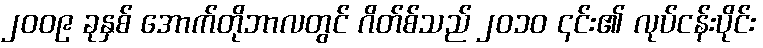
၂၀၀၉ ခုနှစ် အောက်တိုဘာလတွင် ဂိတ်စ်သည် ၂၀၁၀ ၎င်း၏ လုပ်ငန်းပိုင်း